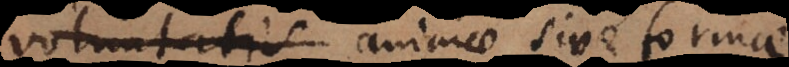
voluntatis animae sive formae